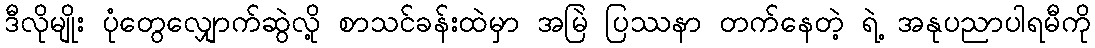
ဒီလိုမျိုး ပုံတွေလျှောက်ဆွဲလို့ စာသင်ခန်းထဲမှာ အမြဲ ပြဿနာ တက်နေတဲ့ ရဲ့ အနုပညာပါရမီကို